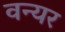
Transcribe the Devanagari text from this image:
वन्यर